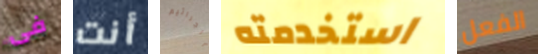
فى أنت الجراثيم استخدمته الفعل